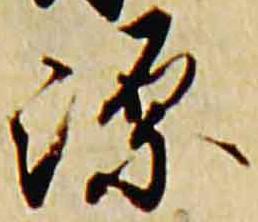
源